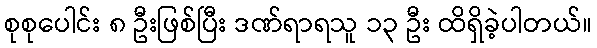
စုစုပေါင်း ၈ ဦးဖြစ်ပြီး ဒဏ်ရာရသူ ၁၃ ဦး ထိရှိခဲ့ပါတယ်။